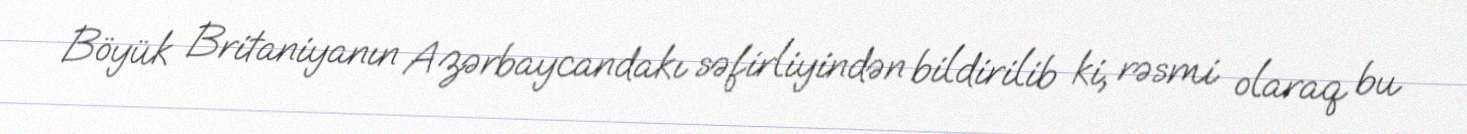
Böyük Britaniyanın Azərbaycandakı səfirliyindən bildirilib ki, rəsmi olaraq bu